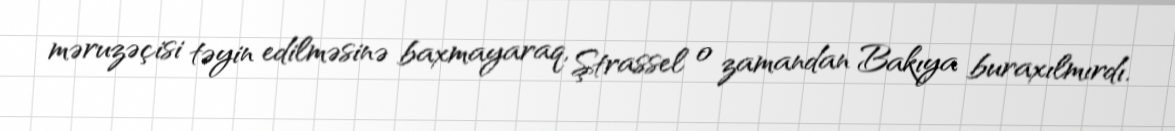
məruzəçisi təyin edilməsinə baxmayaraq, Ştrassel o zamandan Bakıya buraxılmırdı.